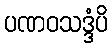
ပဏဝသဒ္ဒံပိ